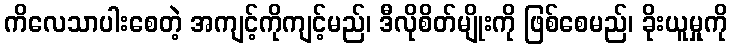
ကိလေသာပါးစေတဲ့ အကျင့်ကိုကျင့်မည်၊ ဒီလိုစိတ်မျိုးကို ဖြစ်စေမည်၊ ခိုးယူမှုကို